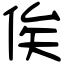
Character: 俟